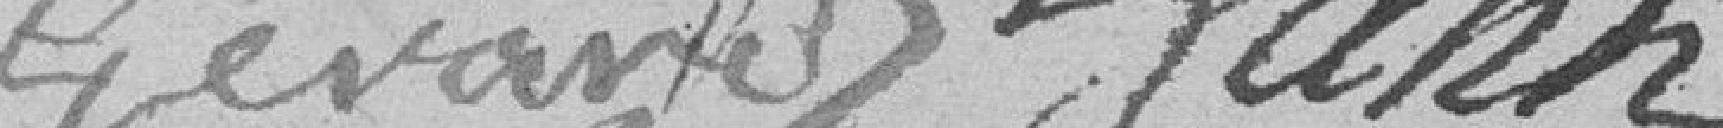
GEVAND YANN ?